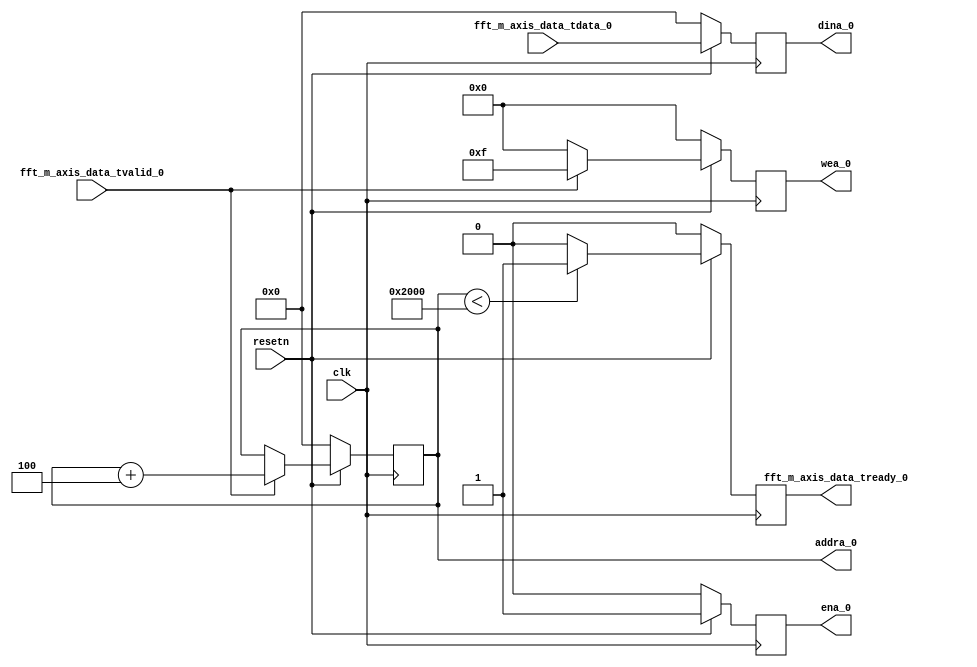
`timescale 1ns / 1ps

module post_fft_bram_controller(input clk, input resetn, input [31:0] fft_m_axis_data_tdata_0, input fft_m_axis_data_tvalid_0, output reg fft_m_axis_data_tready_0, 
    output reg [31:0] addra_0, output reg [3:0] wea_0, output reg [31:0] dina_0, output reg ena_0);

//    input [10:0] addrb_0, output [31:0] doutb_0, input enb_0, input web_0);
    
//    reg [10:0] addra_0;
//    wire [31:0] dina_0;
//    wire wea_0;
    
//    assign fft_m_axis_data_tready_0 = (addra_0<2048) ? 1'b1 : 1'b0;
//    assign dina_0 = fft_m_axis_data_tdata_0;
//    assign wea_0 = {1'b0,1'b0,1'b0,fft_m_axis_data_tvalid_0};
//    assign ena_0 = 1'b1;
     
//    always@(posedge clk) begin
//        if(!resetn) begin
//            addra_0 <= 0;
//        end
//        else begin
//            if(fft_m_axis_data_tvalid_0) begin
//                addra_0 <= addra_0 + 1; // does this have to increment by 1?
//            end
//            else begin
//                addra_0 <= addra_0;            
//            end
//        end
//    end
    
    always@(posedge clk) begin
        if(!resetn) begin
            addra_0 <= 32'b0;
            fft_m_axis_data_tready_0 <= 1'b0;
            wea_0 <= 4'b0000;
            dina_0 <= 32'b0;
            ena_0 <= 1'b0;
        end
        else begin

            if(fft_m_axis_data_tvalid_0) begin
                wea_0 <= 4'b1111;
            end
            else begin
                wea_0 <= 4'b0000;
            end
            
            if(addra_0<32'd8192) begin
                fft_m_axis_data_tready_0 <= 1'b1;
            end
            else begin
                fft_m_axis_data_tready_0 <= 1'b0;
            end

            dina_0 <= fft_m_axis_data_tdata_0;
            ena_0 <= 1'b1;

            if(fft_m_axis_data_tvalid_0) begin
                addra_0 <= addra_0 + 32'd4; // does this have to increment by 1?
            end
            else begin
                addra_0 <= addra_0;            
            end
        end
    end


endmodule